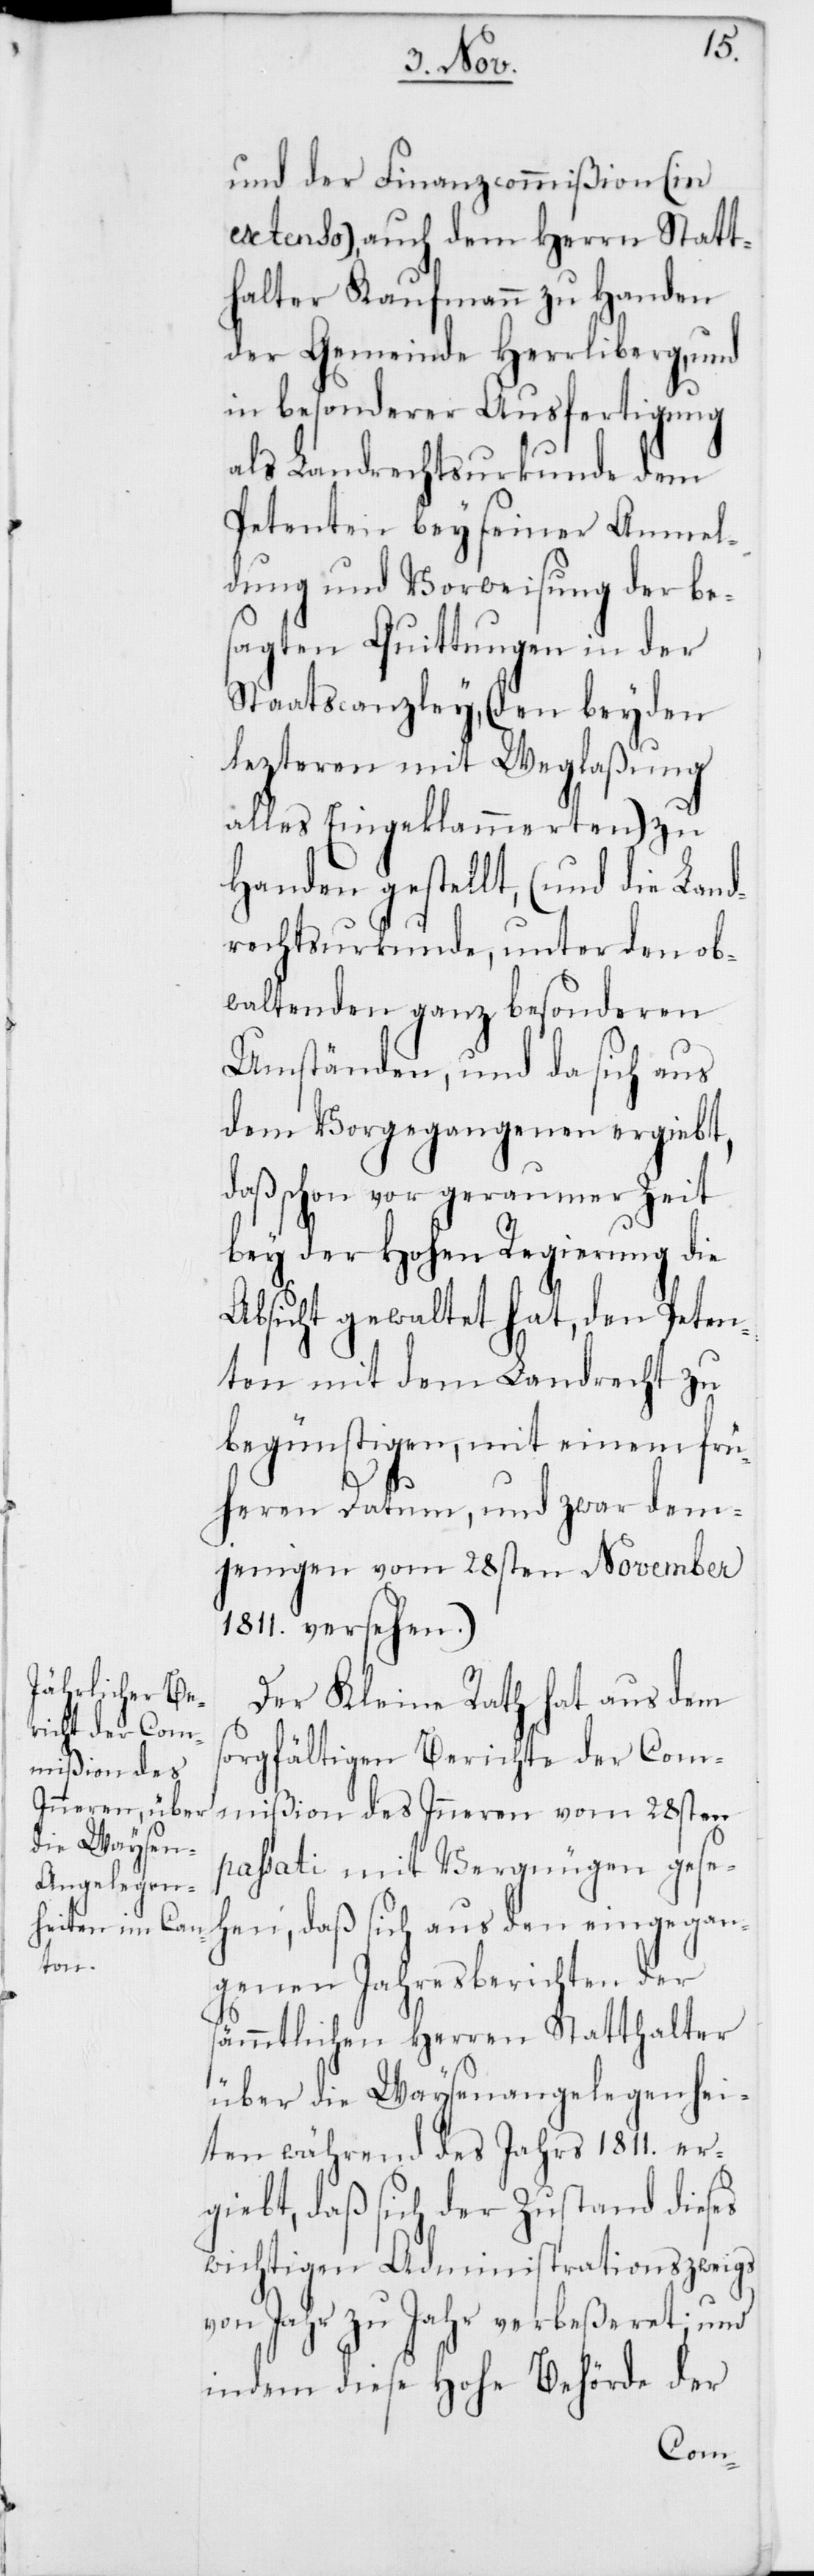
ten)

cht
inem frü¬
und der Finanzcommißion (in
extenso) auch dem Herrn Statt¬
halter Kaufmann zu Handen
der Gemeinde Herrliberg, und
in besonderer Ausfertigung
als Landrechtsurkunde dem
Petenten bey seiner Anmel¬
dung und Vorweisung der be¬
sagten Quittungen in
Staatscanzley, (den bey¬
lezteren mit Wegla¬
alles Eingeklammer¬
Handen gestellt, (und
rechtsurkunde, unter
obwaltenden ganz beso¬
Umständen, und da sich aus
dem Vorgegangenen ergiebt,
daß schon vor geraumer
bey der Hohen Regierung
Absicht gewaltet hat,
nten mit dem Landre¬
begünstigen, mit e¬
heren Datum, und zwar dem¬
jenigen vom 28sten November
1811. versehen.)
Der Kleine Rath hat aus dem
orgfältigen Berichte der Com¬
mißion des Inneren vom 28sten
passati mit Vergnügen gese¬
hen, daß sich aus den eingegan¬
genen Jahresberichten der
sämmtlichen Herren Statthalter
über die Waysenangelegenhei¬
ten während des Jahrs 1811. er¬
giebt, daß sich der Zustand dieses
wichtigen Administrationszweigs
von Jahr zu Jahr verbeßeret; und
indem diese Hohe Behörde der

s¬

den